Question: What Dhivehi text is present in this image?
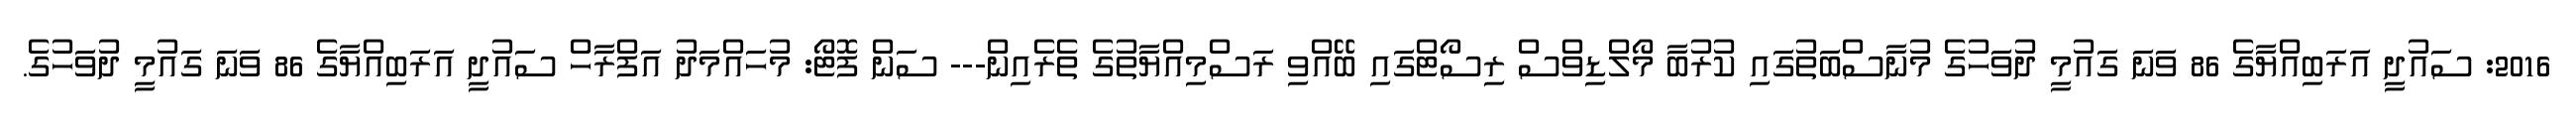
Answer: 2016: ސައުދީ އަރަބިއްޔާގެ 86 ވަނަ ގައުމީ ދުވަހުގެ މުނާސްބަތުގައި ކުރުބާ މޯލްޑިވްސް ރިސޯޓްގައި ބޭއްވި ރަސްމިއްޔާތުގެ ތެރެއިން--- ސަން ފޮޓޯ: މުހައްމަދު އަފްރާހް ސައުދީ އަރަބިއްޔާގެ 86 ވަނަ ގައުމީ ދުވަހުގެ.